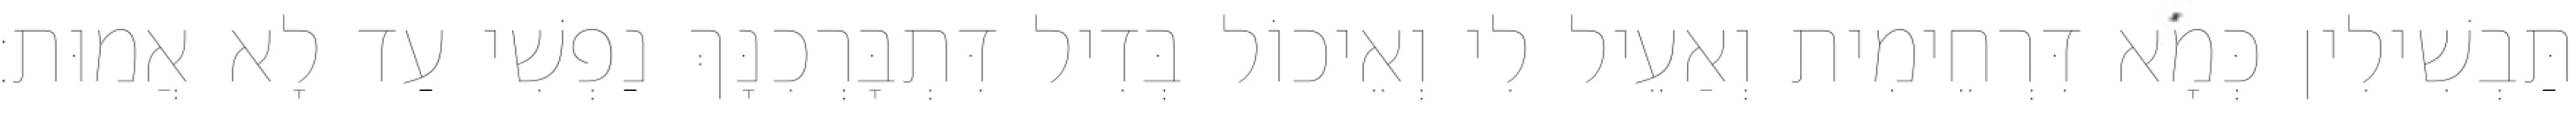
תַּבְשִׁילִין כְּמָא דִּרְחֵימִית וְאַעֵיל לִי וְאֵיכוֹל בְּדִיל דִּתְבָּרְכִנָּךְ נַפְשִׁי עַד לָא אֲמוּת׃